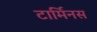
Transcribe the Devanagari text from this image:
टार्मिनस